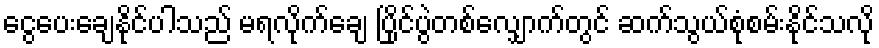
ငွေပေးချေနိုင်ပါသည် မရလိုက်ချေ ပြိုင်ပွဲတစ်လျှောက်တွင် ဆက်သွယ်စုံစမ်းနိုင်သလို